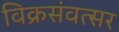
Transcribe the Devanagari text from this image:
विक्रसंवत्सर